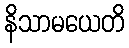
နိသာမယေတိ